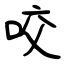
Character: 咬